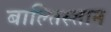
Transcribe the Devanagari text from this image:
बाल्तिस्तान